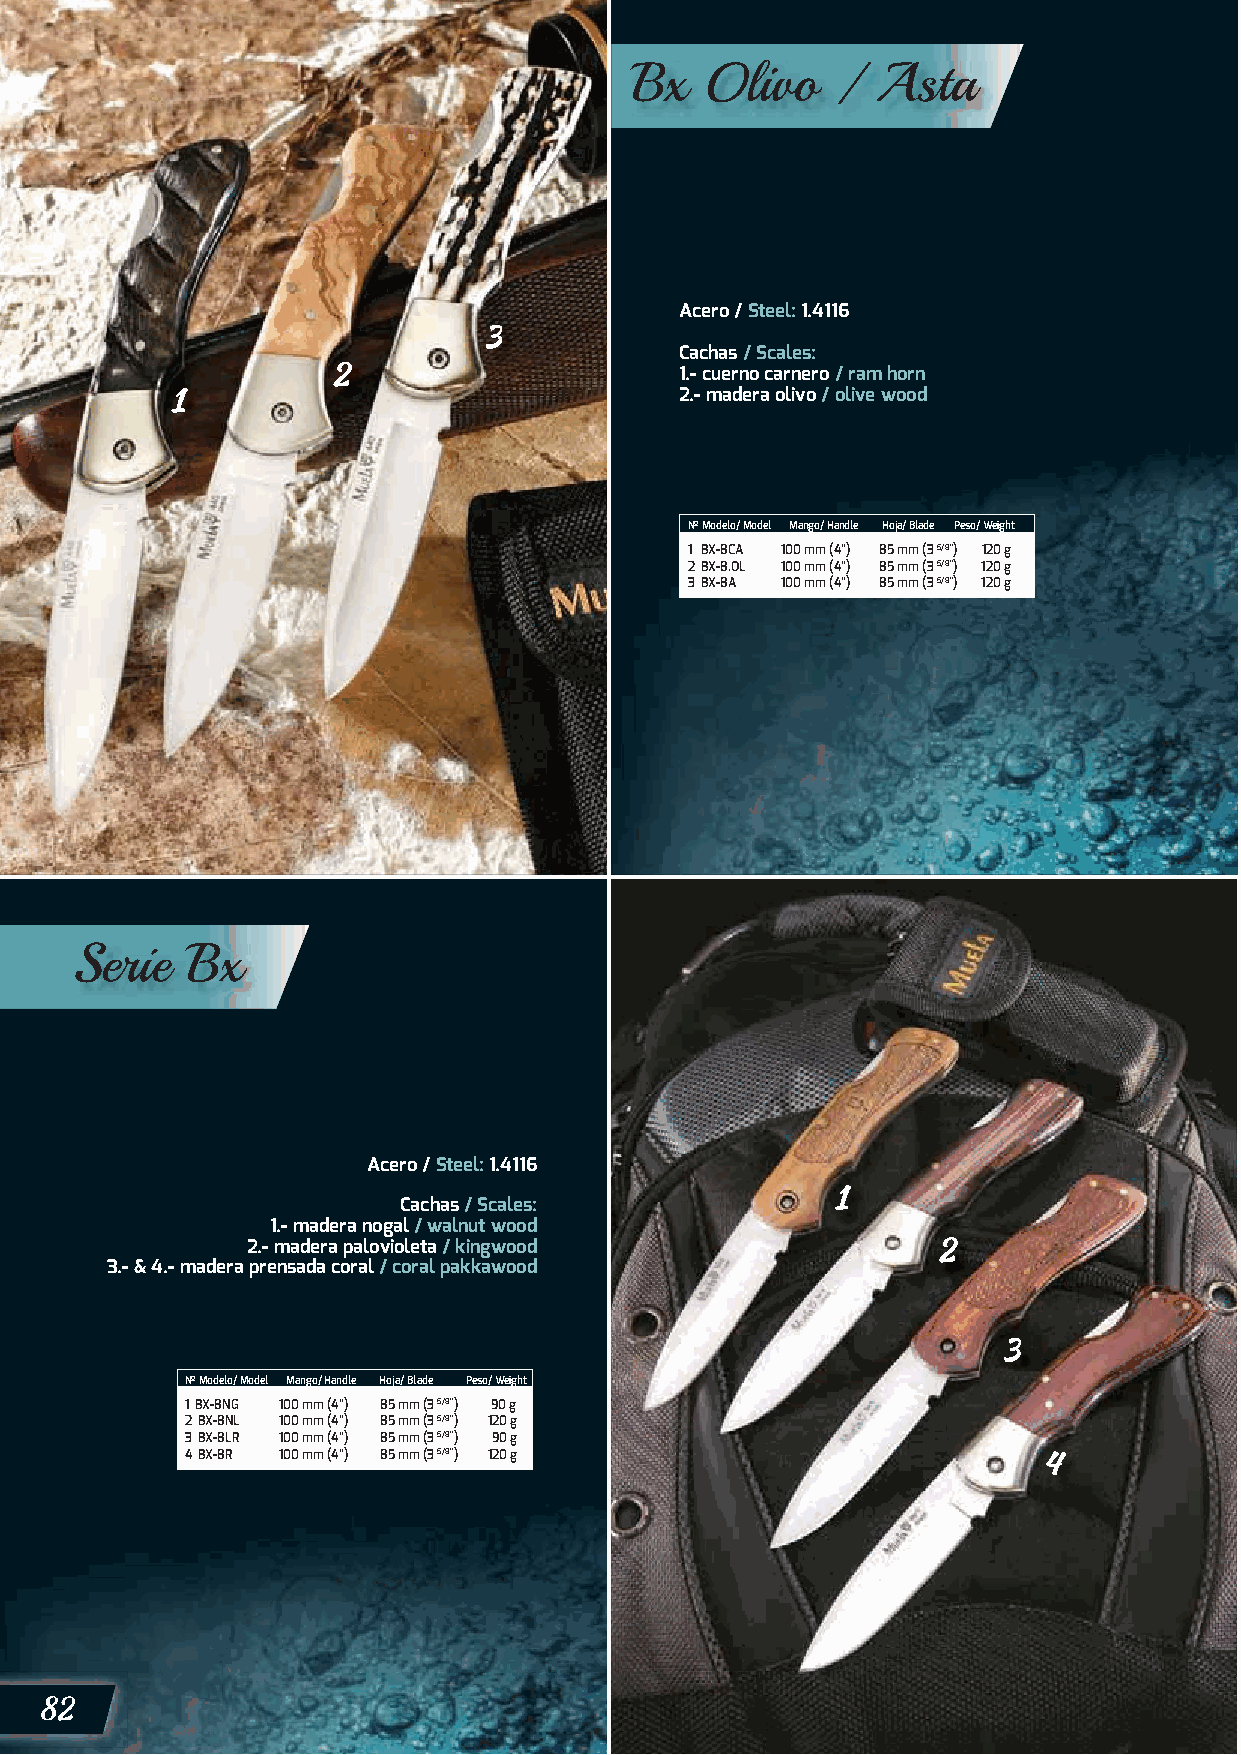
Bx   Olivo   /  Asta
 Acero / Steel: 1.4116
 Cachas / Scales:
 1.- cuerno carnero / ram horn
 2.- madera olivo / olive wood
 Nº Modelo/ Model Mango/ Handle Hoja/ Blade Peso/ Weight
 1 BX-8CA 100 mm (4”) 85 mm (3 5/8”) 120 g
 2 BX-8.OL 100 mm (4”) 85 mm (3 5/8”) 120 g
 3 BX-8A 100 mm (4”) 85 mm (3 5/8”) 120 g
 Serie  Bx
 Acero / Steel: 1.4116
 Cachas / Scales:
 1.- madera nogal / walnut wood
 2.- madera palovioleta / kingwood
 3.- & 4.- madera prensada coral / coral pakkawood
 Nº Modelo/ Model Mango/ Handle Hoja/ Blade Peso/ Weight
 1 BX-8NG 100 mm (4”) 85 mm (3 5/8”) 90 g
 2 BX-8NL 100 mm (4”) 85 mm (3 5/8”) 120 g
 3 BX-8LR 100 mm (4”) 85 mm (3 5/8”) 90 g
 4 BX-8R 100 mm (4”) 85 mm (3 5/8”) 120 g
 82